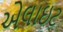
એલાઇટ